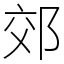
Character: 郊